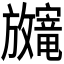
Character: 𫿨